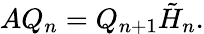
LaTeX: AQ_{n}=Q_{n+1}{\tilde{H}}_{n}.